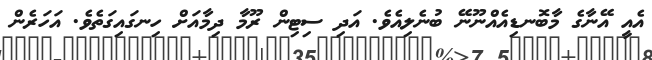
އެއީ އޭނާގެ މާބޮނޑިއެއްނޫނޭ ބުނެލިއެވެ. އަދި ސިޓިން ރޫމާ ދިމާއަށް ހިނގައިގަތެވެ. އަހަރެން